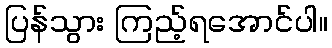
ပြန်သွား ကြည့်ရအောင်ပါ။